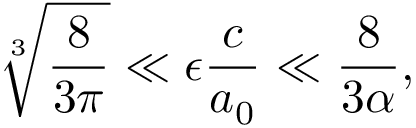
\sqrt [ 3 ] { \frac { 8 } { 3 \pi } } \ll \epsilon \frac { c } { a _ { 0 } } \ll \frac { 8 } { 3 \alpha } ,